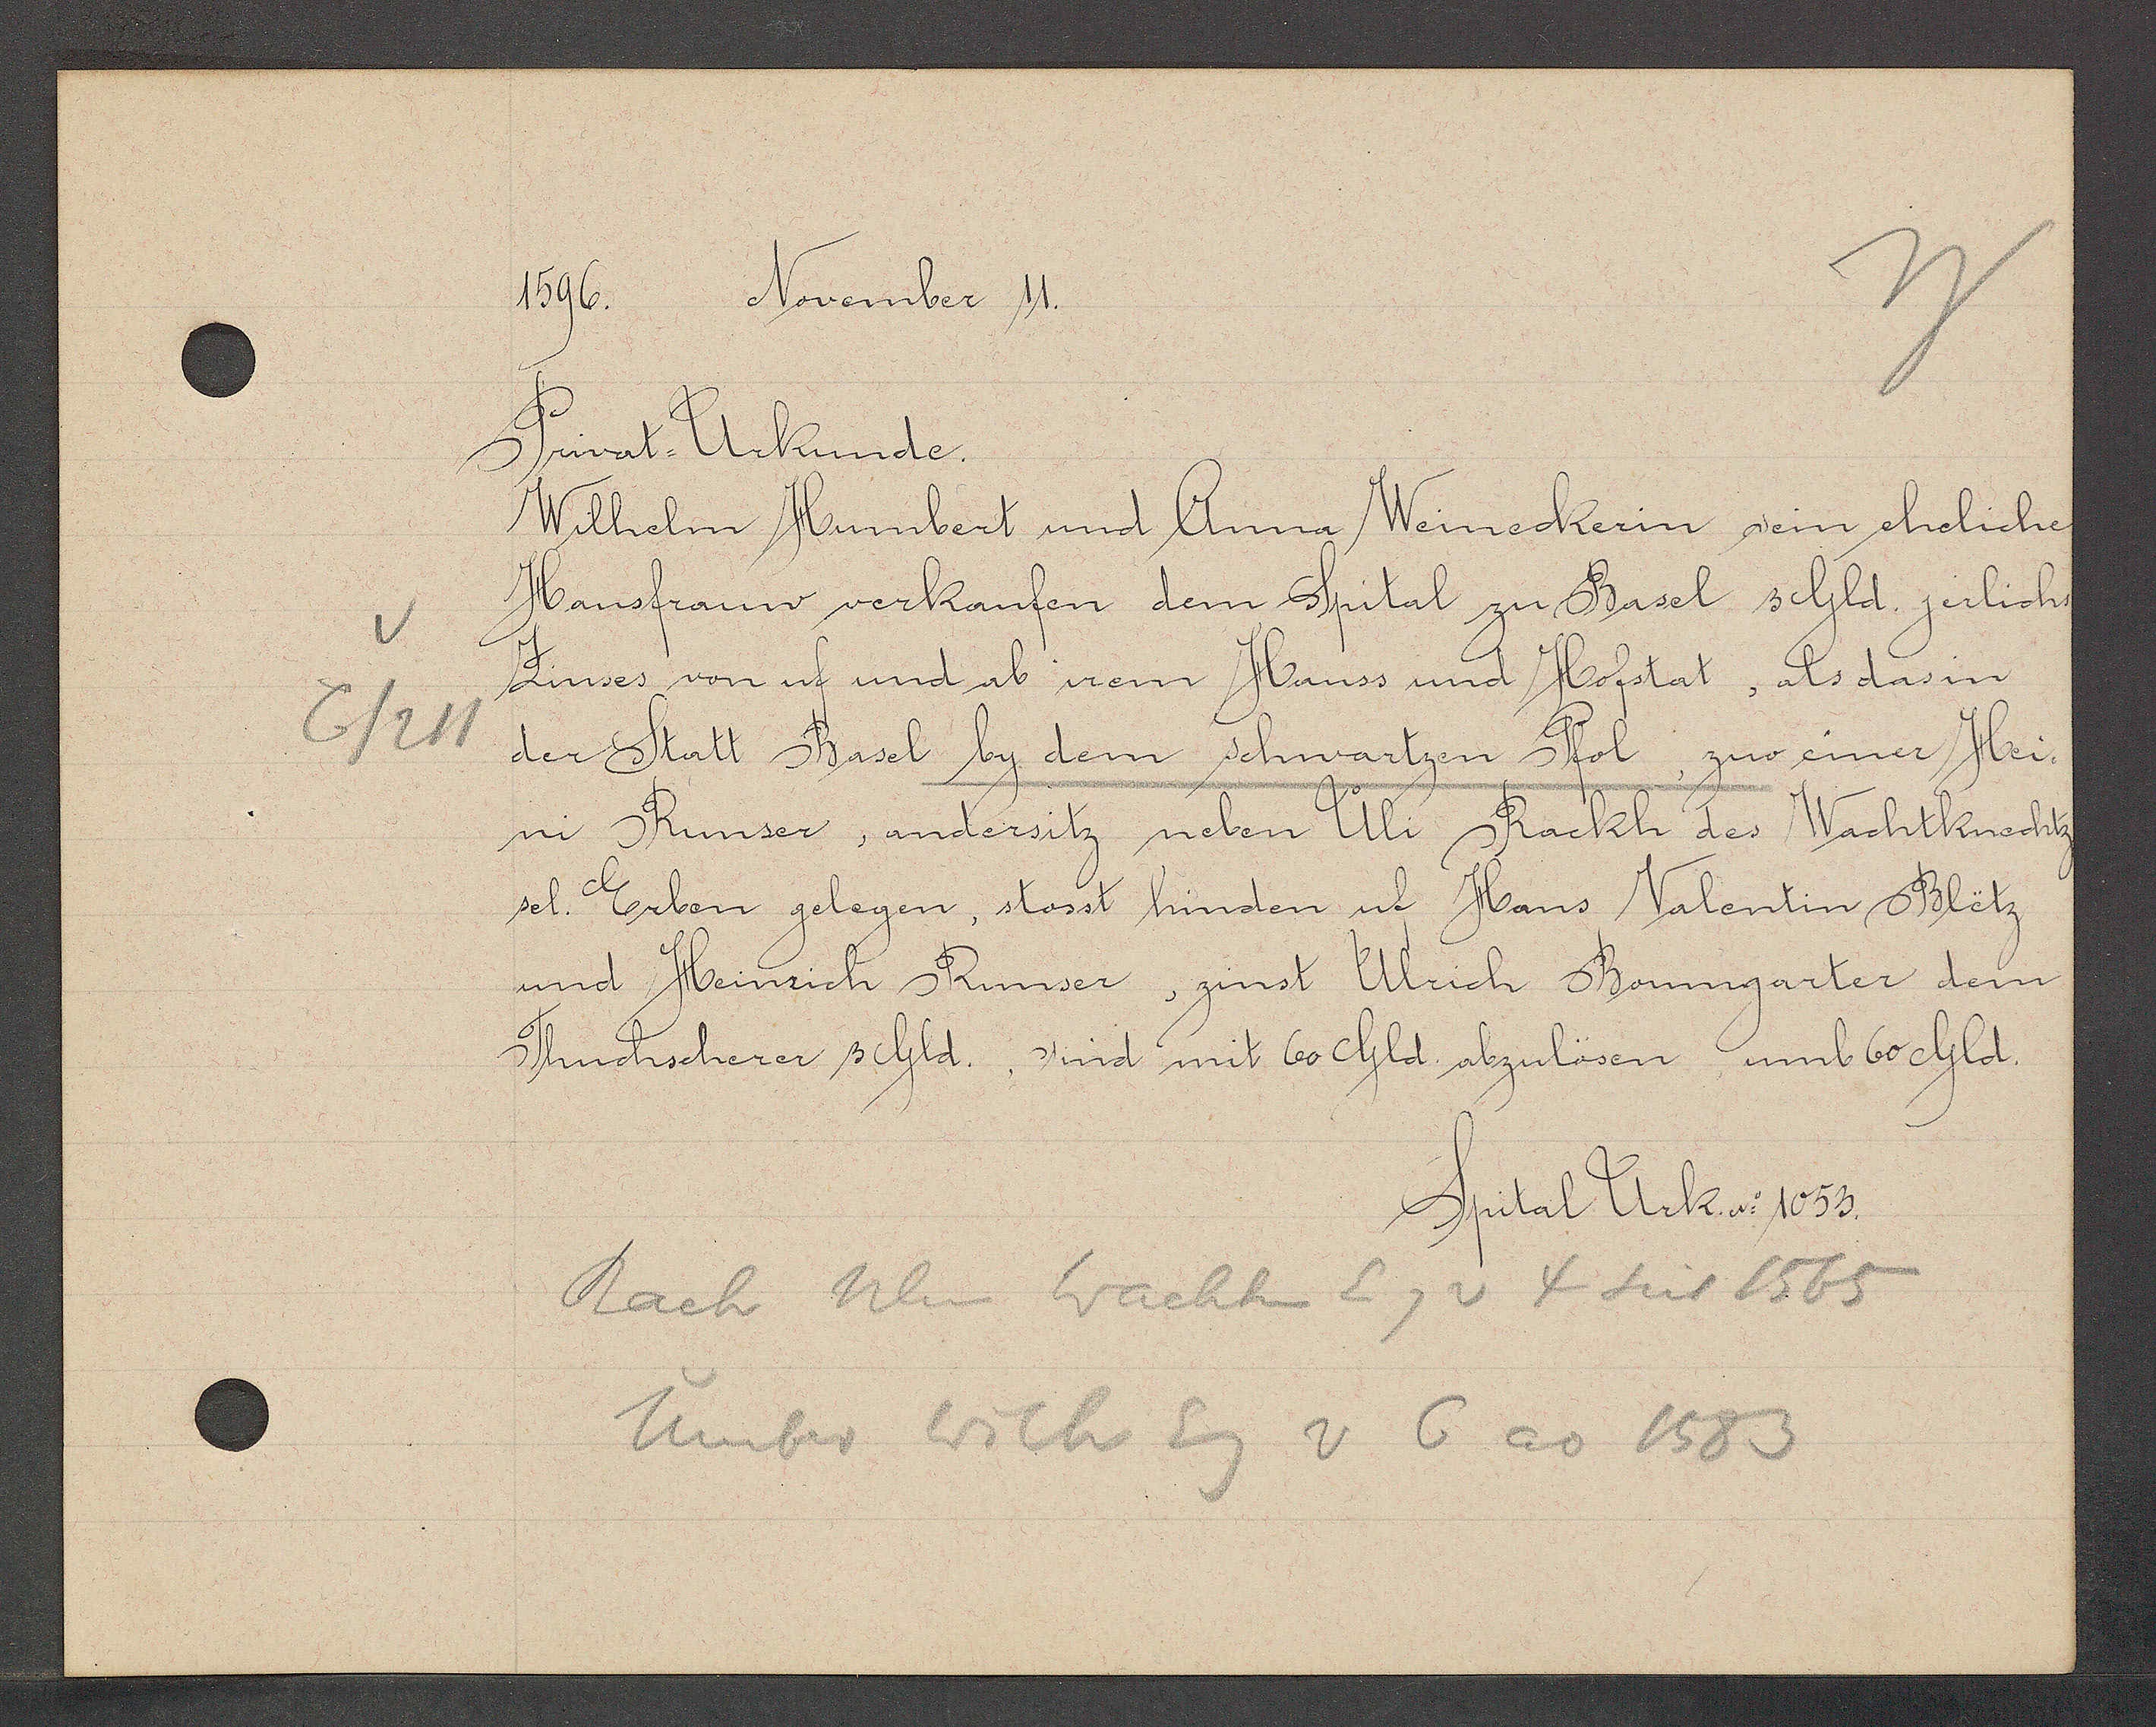
Transcript:
6/211

November 11.
1596.

Privat Urkunde.
Wilhelm Humbert und Anna Weineckerin sein eheliche
Hausfrauw verkaufen dem Spital zu Basel 3 Gld jerlichs
Zinses von uf und ab irem Hauss und Hofstat, als das in
der Statt Basel by dem schwartzen Pfol, zuo einer Hei¬
ni Runser, andersitz neben Uli Rackh des Wachtknechtz
sel. Erben gelegen, stosst hinden uf Hans Valentin Blötz
und Heinrich Runser, zinst Ulrich Bomgarter dem
Thuchscherer 3 Gld. sind mit 60 Gld. abzulösen umb 60 Gld.

Rach Ulm Wachtm Eg v 4 seit 1565
Umber Wilh Eg v 6 ao 1583

Spital Urk. No 1053.